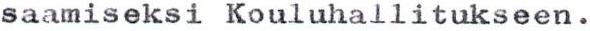
saamiseksi Kouluhallitukseen.